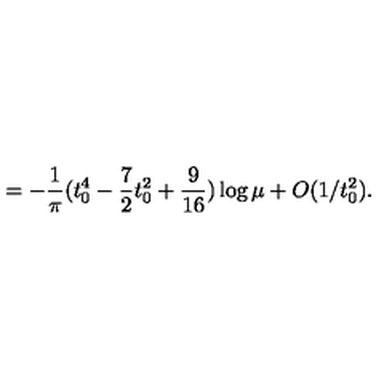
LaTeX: = - \frac { 1 } { \pi } ( t _ { 0 } ^ { 4 } - \frac { 7 } { 2 } t _ { 0 } ^ { 2 } + \frac { 9 } { 1 6 } ) \log \mu + O ( 1 / t _ { 0 } ^ { 2 } ) .